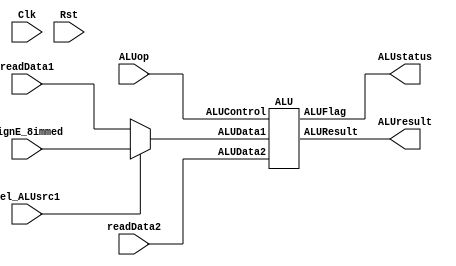
`timescale 1ns / 1ps
//////////////////////////////////////////////////////////////////////////////////
// Company: 			NTU
// 
// Design Name: 
// Module Name:    	IF_stage 
// Project Name: 		uP16_5Stage
// Target Devices: 	Spartan 6
// Tool versions: 
// Description: 
//
// Dependencies: 
//
// Revision: 
// Revision 0.01 - File Created
// Additional Comments: 
//
//////////////////////////////////////////////////////////////////////////////////

//`include "uP16_define.v"

module EX_stage #(parameter ISIZE=18, DSIZE=16) (
    input Clk, Rst,
	 input [DSIZE-1:0] readData1, readData2,			
	 input [DSIZE-1:0] signE_8immed,
	 input [3:0] ALUop,
	 input sel_ALUsrc1, 
	 //input sel_ALUsrc2,
	 output [3:0] ALUstatus,
	 output [DSIZE-1:0] ALUresult
    );


	wire [DSIZE-1:0] ALU_data1, ALU_data2;


	// module instantiations
	// ALU
	ALU EX_1 (
		.ALUData1(ALU_data1), 
		.ALUData2(ALU_data2),
		.ALUControl(ALUop),
		.ALUResult(ALUresult),
		.ALUFlag(ALUstatus)
		);
	
	
	// Muxes at input of ALU
	// First is ReadData 1, second is ReadData2
	assign ALU_data1 = (sel_ALUsrc1) ? signE_8immed : readData1; 	// Mux to select RegFile_Data1 (sel_ALUsrc1=0) or SignE_8immed inputs	
	assign ALU_data2 = readData2; 	// No Mux to select RegFile_Data2 
   //assign ALU_data2 = (sel_ALUsrc2) ? signE_8immed : readData2; 	// Mux to select RegFile_Data2 (sel_ALUsrc2=0) or SignE_8immed
	
endmodule			// End of EX_stage module 





// The ALU
module ALU #(parameter ISIZE=18, DSIZE=16)(
	input [DSIZE-1:0] ALUData1, ALUData2,
	input [3:0] ALUControl,
	output [3:0] ALUFlag,
	output reg [DSIZE-1:0] ALUResult
	);

	// define ALU codes
	parameter NOP=0, ADD=1, SUB=2, AND=3, OR=4, NAND=5, NOR=6, XOR=7, NOT=8, MOV=10, LLI=11, LUI=12;
	
	reg carry;
		
	always @ *
		begin
			//Carry = 0;
			case(ALUControl)
				NOP		:	ALUResult = 16'b0;
				ADD		:	{carry, ALUResult} = ALUData1 + ALUData2;
				SUB		:	{carry, ALUResult} = ALUData1 - ALUData2;
				AND		:	ALUResult = ALUData1 & ALUData2;
				OR			:	ALUResult = ALUData1 | ALUData2;
				NAND		:	ALUResult = ~(ALUData1 & ALUData2);
				NOR		:	ALUResult = ~(ALUData1 | ALUData2);
				XOR		:	ALUResult = ALUData1 ^ ALUData2;
				NOT		:  ALUResult = ~ALUData2;
				MOV		:	ALUResult = ALUData2;
				LLI		:	ALUResult = ALUData1;
				LUI		:	ALUResult = {ALUData1[7:0], ALUData2[7:0]};
				default	:	ALUResult = 0;				
			endcase
		end
	

		// Assign ALU Flags LSB to MSB
		//Z, GTZ, LTZ, Carry, (OvFlow, etc: Later)
		assign ALUFlag[0] = (ALUResult == 0) ? 1'b1 : 1'b0;
		assign ALUFlag[1] = ((ALUResult != 0) && (ALUResult[DSIZE-1] == 0)) ? 1'b1 : 1'b0;
		assign ALUFlag[2] = (ALUResult[DSIZE-1] == 1) ? 1'b1 : 1'b0;
		assign ALUFlag[3] = 1'b0;		// fix this later

endmodule		// End of ALU module